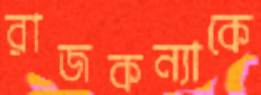
রাজকন্যাকে